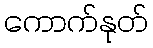
ကောက်နုတ်